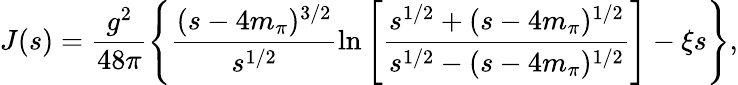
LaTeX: J(s)=\frac{g^{2}}{48\pi}\left\{ \frac{(s-4m_{\pi})^{3/2}}{s^{1/2}}\ln\left[\frac{s^{1/2}+(s-4m_{\pi})^{1/2}}{s^{1/2}-(s-4m_{\pi})^{1/2}}\right]-\xi s\right\} ,